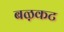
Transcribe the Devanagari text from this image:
बऴकट